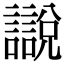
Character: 𧭚